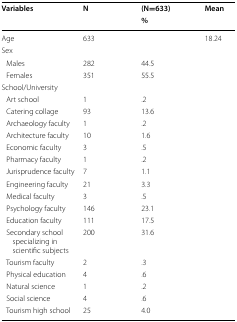
| <ROWSPAN=2> Variables | <ROWSPAN=2> N | (N=633) | <ROWSPAN=2> Mean |
 | % |
 | --- | --- | --- | --- |
 | Age | 633 |  | 18.24 |
 | <COLSPAN=4> Sex |
 | Males | 282 | 44.5 |  |
 | Females | 351 | 55.5 |  |
 | <COLSPAN=4> School/University |
 | Art school | 1 | .2 |  |
 | Catering collage | 93 | 13.6 |  |
 | Archaeology faculty | 1 | .2 |  |
 | Architecture faculty | 10 | 1.6 |  |
 | Economic faculty | 3 | .5 |  |
 | Pharmacy faculty | 1 | .2 |  |
 | Jurisprudence faculty | 7 | 1.1 |  |
 | Engineering faculty | 21 | 3.3 |  |
 | Medical faculty | 3 | .5 |  |
 | Psychology faculty | 146 | 23.1 |  |
 | Education faculty | 111 | 17.5 |  |
 | Secondary school specializing in scientific subjects | 200 | 31.6 |  |
 | Tourism faculty | 2 | .3 |  |
 | Physical education | 4 | .6 |  |
 | Natural science | 1 | .2 |  |
 | Social science | 4 | .6 |  |
 | Tourism high school | 25 | 4.0 |  |